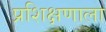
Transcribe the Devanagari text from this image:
प्रशिक्षणाला